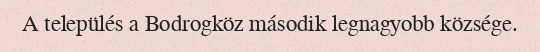
A település a Bodrogköz második legnagyobb községe.